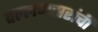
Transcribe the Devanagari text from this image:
वल्लभसरांची